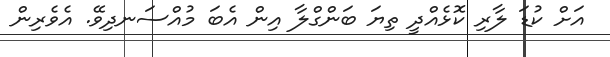
އަށް ކުޑަ ލާރި ކޮޅެއްދީ ތިޔަ ބަންގްލާ އިން އެބަ މުއްސަނދިވޭ. އެވެރިން